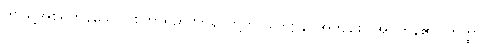
ဤသို့အစရှိကုန်သော။ စတ္တာရိဉာဏာနိ၊ တို့ကို။ ဥဒ္ဒိဋ္ဌာနိ၊ အကျဉ်းပြအပ်ကုန်၏။ တတ္ထာပိ၊